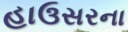
હાઉસરના